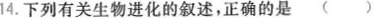
14.下列有关生物进化的叙述，正确的是(